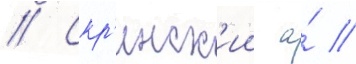
// Скр'инск'ии а́ //